Civil Veterinary Department. United Provinces 1932-42 - 1932-1942
Year: 1932
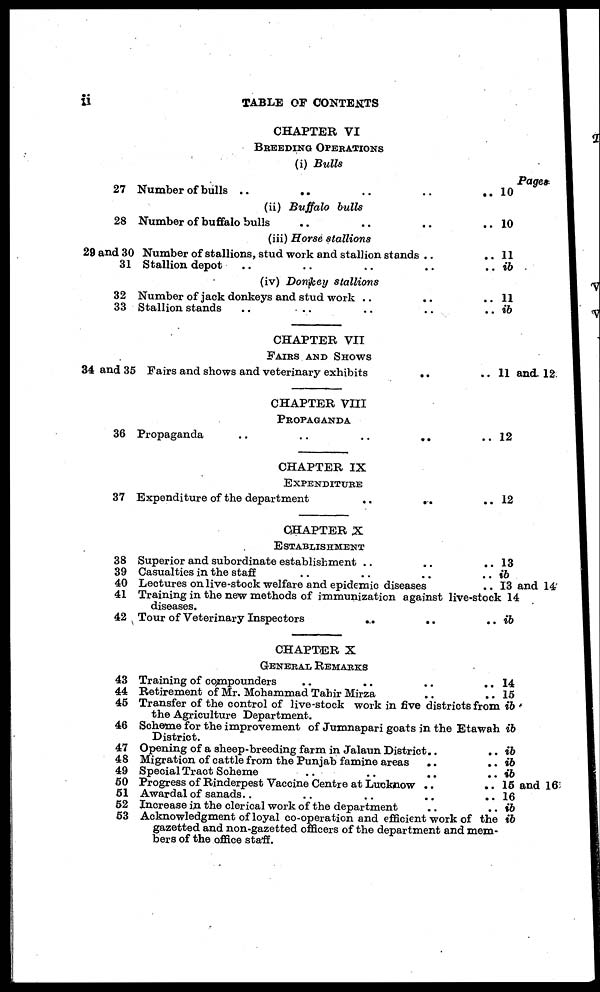
ii
TABLE OF CONTEXTS
27
28
29 and 30
31
32
33
34 and 35
36
37
38
39
40
41
42
43
44
45
46
47
48
49
50
51
52
53
CHAPTER VI
BREEDING OPERATIONS
(i) Bulls
Number of bulls ..
.. .. ..
(ii) Buffalo bulls
Number of buffalo bulls .. .. ..
(iii) Horse stallions
Number of stallions, stud work and stallion stands ..
Stallion depot .. .. .. ..
(iv) Donkey stallions
Number of jack donkeys and stud work .. ..
Stallion stands .. .. .. .. ..
CHAPTER VII
FAIRS AND SHOWS
Fairs and shows and veterinary exhibits
..
CHAPTER VIII
PROPAGANDA
Propaganda .. .. .. ..
CHAPTER IX
EXPENDITURE
Expenditure of the department
..
..
CHAPTER X
ESTABLISHMENT
Superior and subordinate establishment .. ..
Casualties in the staff .. .. ..
Lectures on live-stock welfare and epidemic diseases
Pages
.. 10
.. 10
.. 11
.. ib
.. 11
.. ib
.. 11 and, 12.
.. 12
.. 12
.. 13
.. ib
.. 13 and 14
Training in the new methods of immunization against live-stock 14 diseases.
Tour of Veterinary Inspectors
..
..
CHAPTER X
GENERAL REMARKS
Training of compounders .. .. ..
Retirement of Mr. Mohammad Tahir Mirza ..
.. ib
.. 14
.. 15
Transfer of the control of live-stock work in five districts from ib
the Agriculture Department.
Scheme for the improvement of Jumnapari goats in the Etawah District.
Opening of a sheep-breeding farm in Jalaun District..
Migration of cattle from the Punjab famine areas ..
Special Tract Scheme .. .. ..
Progress of Rinderpest Vaccine Centre at Lucknow ..
Awardal of sanads.. ..
Increase in the clerical work of the department ..
ib
.. ib
.. ib
.. ib
.. 15 and 16
.. 16
.. ib
Acknowledgment of loyal co-operation and efficient work of
gazetted and non-gazetted officers of the department and mem-
bers of the office staff.
the ib